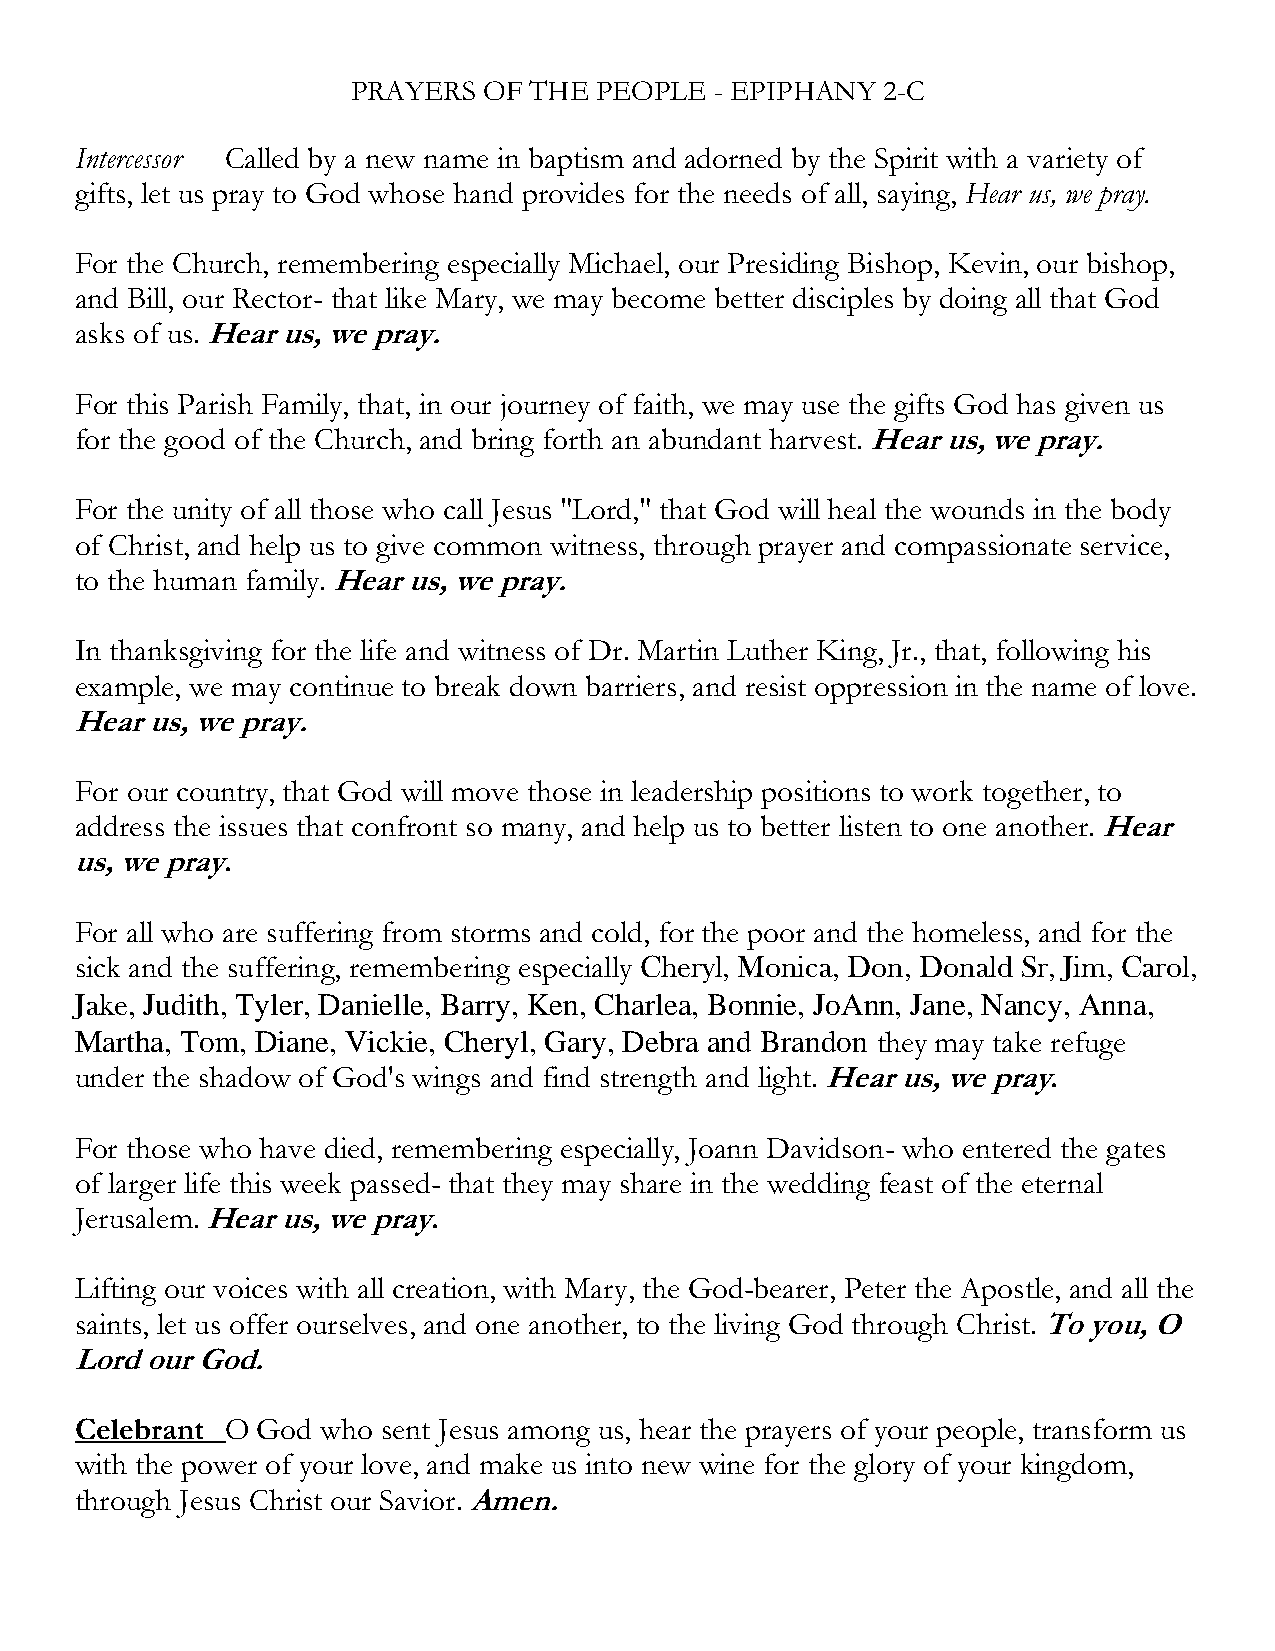
PRAYERS  OF THE PEOPLE  - EPIPHANY 2-C
 Intercessor Called by a new name in baptism and adorned by the Spirit with a variety of
 gifts, let us pray to God whose hand provides for the needs of all, saying, Hear us, we pray.
 For the Church, remembering especially Michael, our Presiding Bishop, Kevin, our bishop,
 and Bill, our Rector- that like Mary, we may become better disciples by doing all that God
 asks of us. Hear us, we pray.
 For this Parish Family, that, in our journey of faith, we may use the gifts God has given us
 for the good of the Church, and bring forth an abundant harvest. Hear us, we pray.
 For the unity of all those who call Jesus "Lord," that God will heal the wounds in the body
 of Christ, and help us to give common witness, through prayer and compassionate service,
 to the human family. Hear us, we pray.
 In thanksgiving for the life and witness of Dr. Martin Luther King, Jr., that, following his
 example, we may continue to break down barriers, and resist oppression in the name of love.
 Hear us, we pray.
 For our country, that God will move those in leadership positions to work together, to
 address the issues that confront so many, and help us to better listen to one another. Hear
 us, we pray.
 For all who are suffering from storms and cold, for the poor and the homeless, and for the
 sick and the suffering, remembering especially Cheryl, Monica, Don, Donald Sr, Jim, Carol,
 Jake, Judith, Tyler, Danielle, Barry, Ken, Charlea, Bonnie, JoAnn, Jane, Nancy, Anna,
 Martha, Tom, Diane, Vickie, Cheryl, Gary, Debra and Brandon they may take refuge
 under the shadow of God's wings and find strength and light. Hear us, we pray.
 For those who have died, remembering especially, Joann Davidson- who entered the gates
 of larger life this week passed- that they may share in the wedding feast of the eternal
 Jerusalem. Hear us, we pray.
 Lifting our voices with all creation, with Mary, the God-bearer, Peter the Apostle, and all the
 saints, let us offer ourselves, and one another, to the living God through Christ. To you, O
 Lord our God.
 Celebrant O God who sent Jesus among us, hear the prayers of your people, transform us
 with the power of your love, and make us into new wine for the glory of your kingdom,
 through Jesus Christ our Savior. Amen.